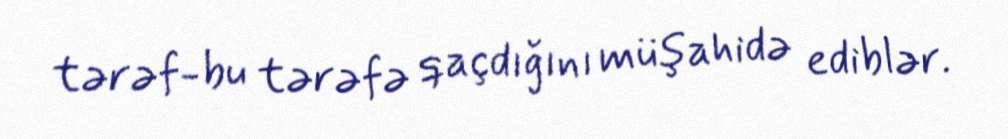
tərəf-bu tərəfə qaçdığını müşahidə ediblər.